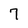
Character: 7